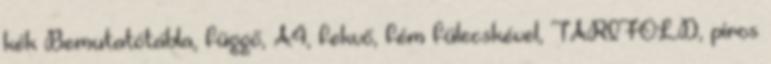
kék Bemutatótábla, függő, A4, fekvő, fém fülecskével, TARIFOLD, piros